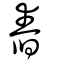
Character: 舂